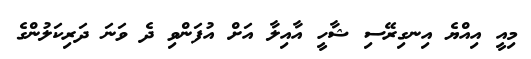
މިއީ އިއްޔެ އިނގިރޭސި ޝާހީ އާއިލާ އަށް އުފަންވި ދެ ވަނަ ދަރިކަލުންގެ